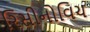
રિસીનોવિચ